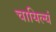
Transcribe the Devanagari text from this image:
चायिल्यं